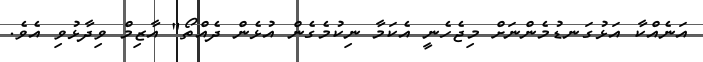
އަނެއްކާ އަޅުގަނޑުމެންނަށް މިޖެހެނީ އެކަމާ ނިކުމެގެން އުޅެން ދެއްތޯ" އާޒިމް ވިދާޅުވި އެވެ.